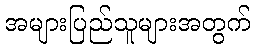
အများပြည်သူများအတွက်